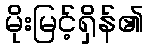
မိုးမြင့်ရှိန်၏